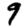
Digit: 9